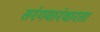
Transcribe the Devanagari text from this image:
तरंगवारंवारता